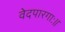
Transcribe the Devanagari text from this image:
वेदपारगाः॥